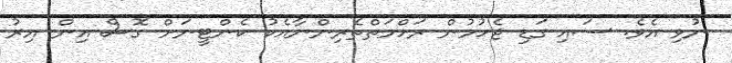
ނުވި އެވެ. ސައި ގަޑި ޖެހުމުން ރަހްމަތްތެރިންނާއެކު ކެންޓީނަށް ގޮސް އިން އިރު